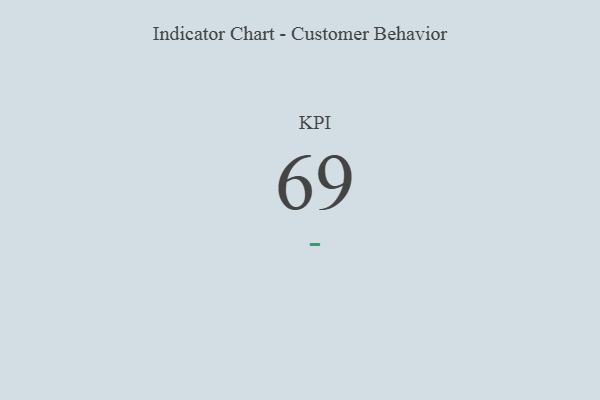
{"axis": {"x": "KPI", "y": "Value"}, "legend": [""], "data": [{"x": "KPI", "y": 69, "type": ""}]}